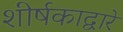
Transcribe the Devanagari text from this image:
शीर्षकाद्वारे